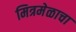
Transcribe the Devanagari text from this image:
मित्रमेळाचा